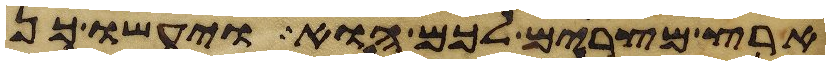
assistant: ארץ מצרים לכם הוא ויעשו כן